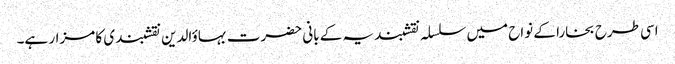
اسی طرح بخارا کے نواح میں سلسلہ نقشبندیہ کے بانی حضرت بہاؤالدین نقشبندی کا مزار ہے۔